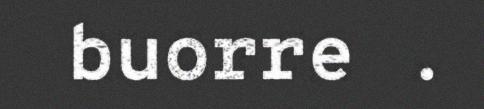
buorre .